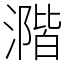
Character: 𣾂